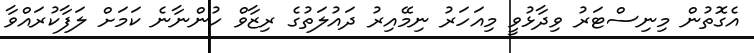
އެގޮތުން މިނިސްޓަރު ވިދާޅުވީ މިއަހަރު ނިމޭއިރު ދައުލަތުގެ ރިޒާވް ހުންނާނެ ކަމަށް ލަފާކުރައްވާ